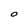
Character: O